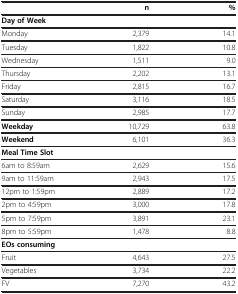
<table><thead><tr><td><b> </b></td><td><b>n</b></td><td><b>%</b></td></tr></thead><tbody><tr><td><b>Day of Week</b></td><td> </td><td> </td></tr><tr><td>Monday</td><td>2,379</td><td>14.1</td></tr><tr><td>Tuesday</td><td>1,822</td><td>10.8</td></tr><tr><td>Wednesday</td><td>1,511</td><td>9.0</td></tr><tr><td>Thursday</td><td>2,202</td><td>13.1</td></tr><tr><td>Friday</td><td>2,815</td><td>16.7</td></tr><tr><td>Saturday</td><td>3,116</td><td>18.5</td></tr><tr><td>Sunday</td><td>2,985</td><td>17.7</td></tr><tr><td><b>Weekday</b></td><td>10,729</td><td>63.8</td></tr><tr><td><b>Weekend</b></td><td>6,101</td><td>36.3</td></tr><tr><td><b>Meal Time Slot</b></td><td> </td><td> </td></tr><tr><td>6am to 8:59am</td><td>2,629</td><td>15.6</td></tr><tr><td>9am to 11:59am</td><td>2,943</td><td>17.5</td></tr><tr><td>12pm to 1:59pm</td><td>2,889</td><td>17.2</td></tr><tr><td>2pm to 4:59pm</td><td>3,000</td><td>17.8</td></tr><tr><td>5pm to 7:59pm</td><td>3,891</td><td>23.1</td></tr><tr><td>8pm to 5:59pm</td><td>1,478</td><td>8.8</td></tr><tr><td><b>EOs consuming</b></td><td> </td><td> </td></tr><tr><td>Fruit</td><td>4,643</td><td>27.5</td></tr><tr><td>Vegetables</td><td>3,734</td><td>22.2</td></tr><tr><td>FV</td><td>7,270</td><td>43.2</td></tr></tbody></table>